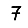
Digit: 7